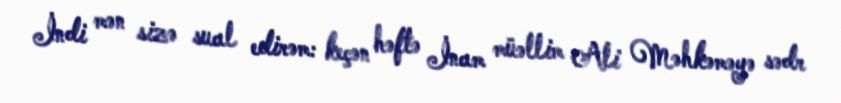
İndi mən sizə sual edirəm: keçən həftə İnam müəllim Ali Məhkəməyə sədr